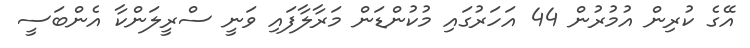
އޭގެ ކުރިން އުމުރުން 44 އަހަރުގައި މުކުންޑަން މަރާލާފައި ވަނީ ސްރީލަންކާ އެންބަސީ